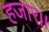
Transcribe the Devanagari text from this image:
हजार।।